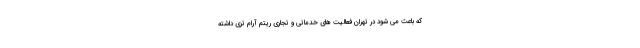
که باعث می شود در تهران فعالیت های خدماتی و تجاری ریتم آرام تری داشته